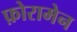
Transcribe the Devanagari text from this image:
फ़ोरामेन